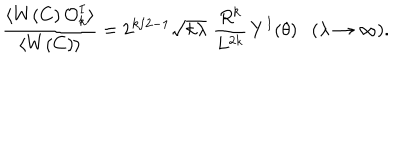
\frac { \langle W ( C ) \, { \cal O } _ { k } ^ { I } \rangle } { \langle W ( C ) \rangle } = 2 ^ { k / 2 - 1 } \sqrt { k \lambda } \, \, \frac { R ^ { k } } { L ^ { 2 k } } \, Y ^ { I } ( \theta ) ( \lambda \rightarrow \infty ) .